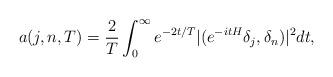
LaTeX: \begin{align*}a(j,n,T)=\frac{2}{T}\int_{0}^{\infty}e^{-2t/T}|(e^{- itH}\delta_j,\delta_n)|^2 dt,\end{align*}